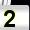
Digit: 2